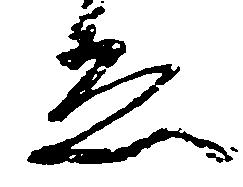
ゑ